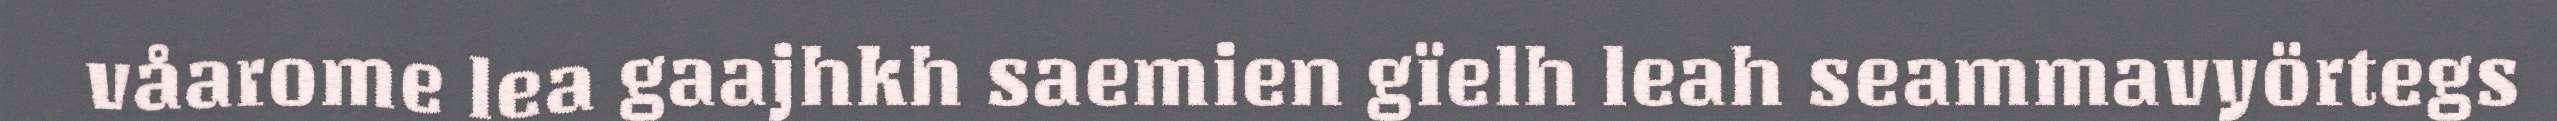
våarome lea gaajhkh saemien gïelh leah seammavyörtegs